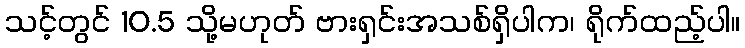
သင့်တွင် 10.5 သို့မဟုတ် ဗားရှင်းအသစ်ရှိပါက၊ ရိုက်ထည့်ပါ။